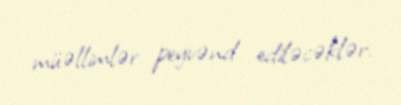
müəllimlər peyvənd ediləcəklər.